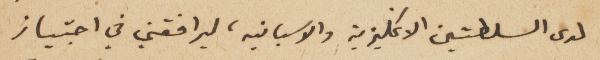
لدى السلطتين الانكليزية والاسبانيه، ليرافقني في اجتياز